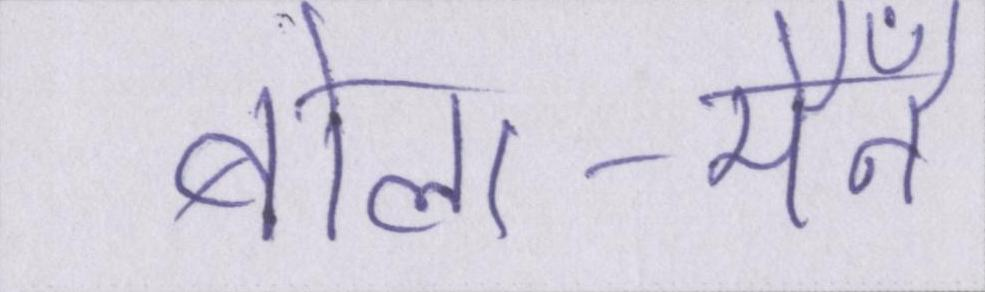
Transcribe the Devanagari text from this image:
बोला-मैँने